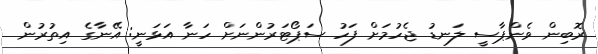
ރޮބިން ވެންޕާސީ ލަނޑު ޖެހުމަށް ފަހު ސަޕޯޓަރުންނަށް ހަނާ އަޅަނީ: އޭނާގެ އިތުރުން